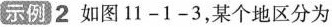
示例 2 如图 1 1 - 1 - 3，某个地区分为